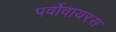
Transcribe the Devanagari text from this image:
पर्वोवायरस